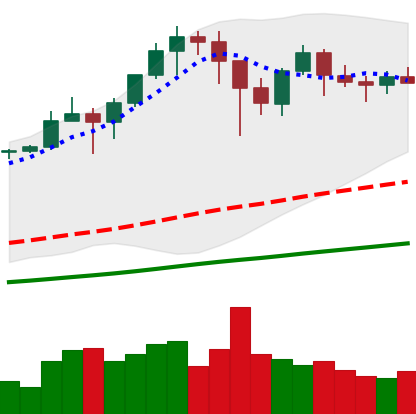
Ticker: BTC-USD
Chart end date: 2021-01-19
Forward return: -10.481%
Label: down_7plus